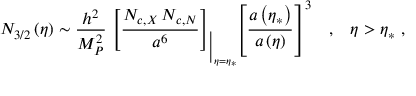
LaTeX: N _ { 3 / 2 } \left( \eta \right) \sim \frac { h ^ { 2 } } { M _ { P } ^ { 2 } } \, \left[ \frac { N _ { c , X } \, N _ { c , N } } { a ^ { 6 } } \right] _ { \Big \vert _ { \eta = \eta _ { * } } } \! \! \left[ \frac { a \left( \eta _ { * } \right) } { a \left( \eta \right) } \right] ^ { 3 } \; \; \; , \; \; \; \eta > \eta _ { * } \, \, ,